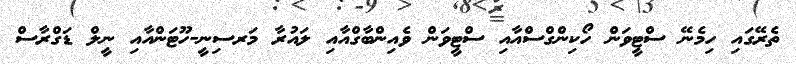
ތެރޭގައި ހިމެނޭ ސްޓީވަން ހޯކިންގްސްއާއި ސްޓީވަން ވެއިންބާގްއާއި ލައުރާ މަރސިނީ-ހޫޓަންއާއި ނީލް ޑަގްރާސް